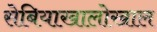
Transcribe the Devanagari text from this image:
सेबियाखालोखाल